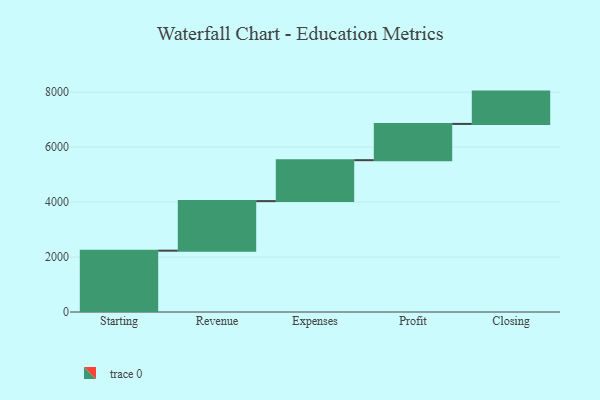
{"axis": {"x": "Step", "y": "Value"}, "legend": [""], "data": [{"x": "Starting", "y": 2232.0, "type": ""}, {"x": "Revenue", "y": 1804.0, "type": ""}, {"x": "Expenses", "y": 1489.0, "type": ""}, {"x": "Profit", "y": 1320.0, "type": ""}, {"x": "Closing", "y": 1176.0, "type": ""}]}